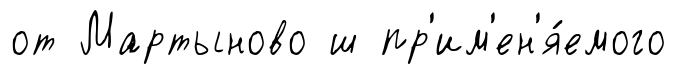
от Мартыново ш пр'им'ен'я́емого